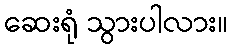
ဆေးရုံ သွားပါလား။